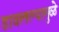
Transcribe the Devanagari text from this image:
डावलल्यामुळे